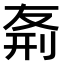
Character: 𠝊